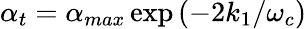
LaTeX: \alpha_{t}=\alpha_{max}\exp{(-2k_{1}/\omega_{c})}